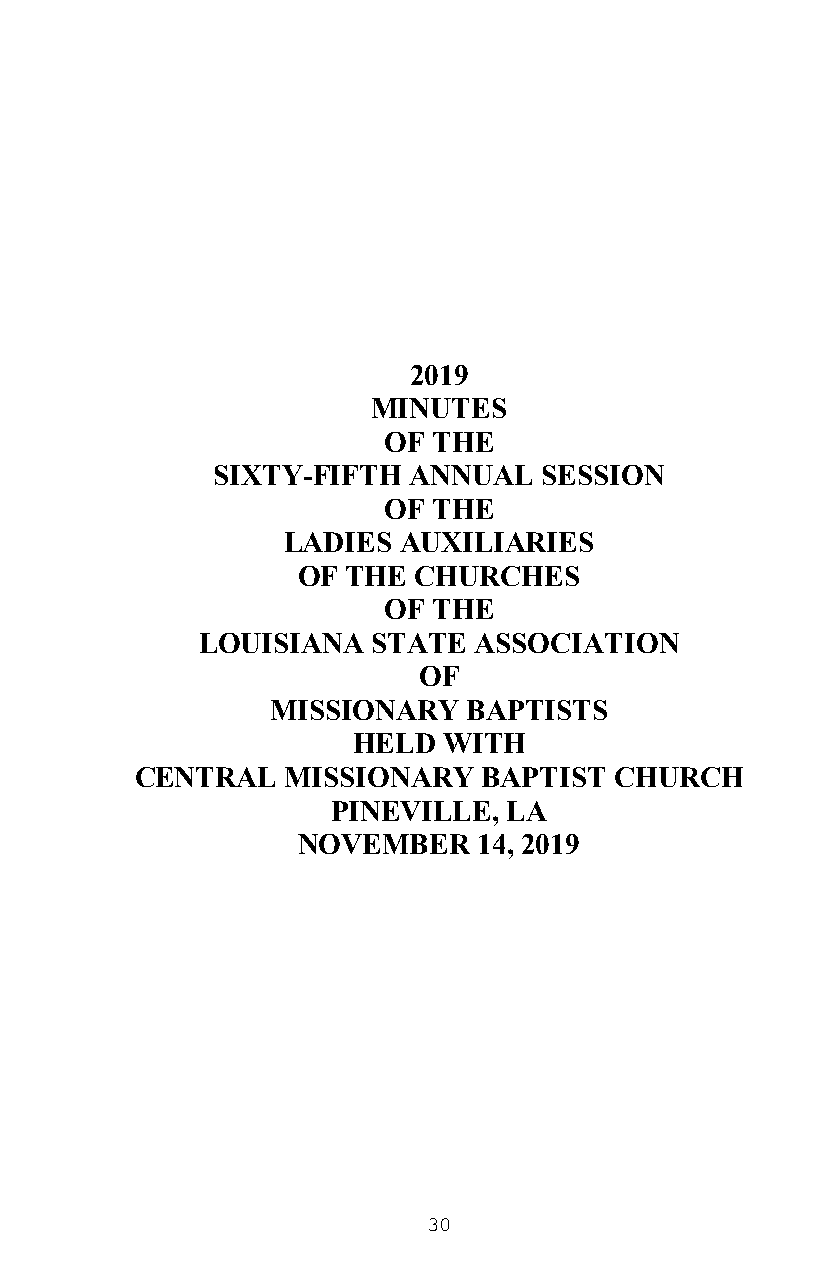
2019
 MINUTES
 OF  THE
 SIXTY-FIFTH  ANNUAL   SESSION
 OF  THE
 LADIES AUXILIARIES
 OF THE CHURCHES
 OF  THE
 LOUISIANA   STATE ASSOCIATION
 OF
 MISSIONARY   BAPTISTS
 HELD  WITH
 CENTRAL   MISSIONARY   BAPTIST  CHURCH
 PINEVILLE,  LA
 NOVEMBER    14, 2019
 30